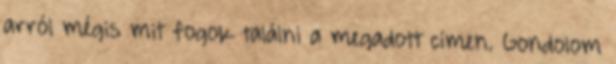
arról mégis mit fogok találni a megadott címen. Gondolom